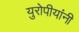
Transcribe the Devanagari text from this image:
युरोपीयांनी